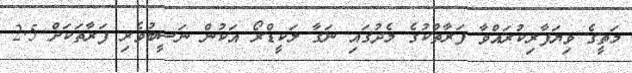
މަތީގެ ވިޔަފާރިކުރައްވާ ފަރާތްކުގެ މެދުގައި ނަގާ ލަކީޑްރޯ އަކުން ނަސީބުވެރި ފަރާތަކަށް 2.5